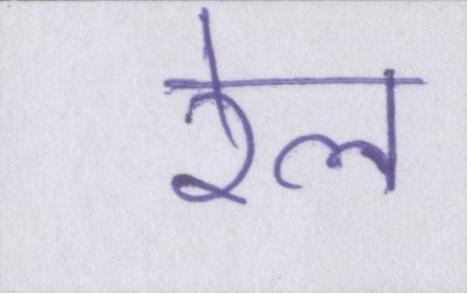
रेल